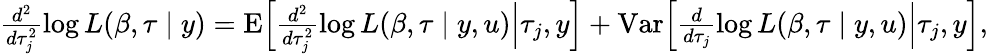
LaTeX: \begin{array}{r}{\frac{d^{2}}{d\tau_{j}^{2}}\log L(\beta,\tau\mid y)={\mathrm{E}}\Big[\frac{d^{2}}{d\tau_{j}^{2}}\log L(\beta,\tau\mid y,u)\Big|\tau_{j},y\Big]+{\mathrm{Var}}\Big[\frac{d}{d\tau_{j}}\log L(\beta,\tau\mid y,u)\Big|\tau_{j},y\Big],}\end{array}